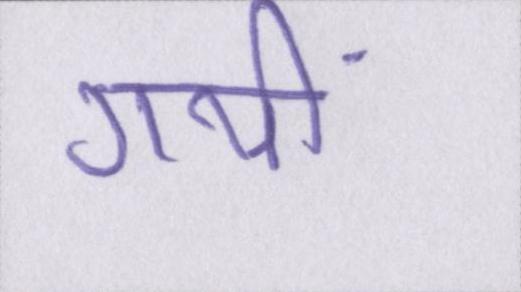
गयीं